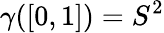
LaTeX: \gamma([0,1])=S^{2}